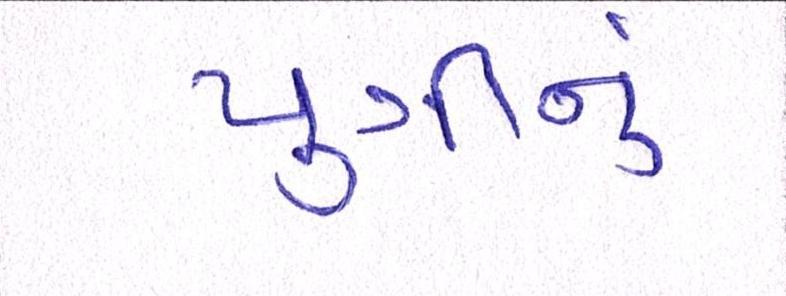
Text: પુત્રીનું